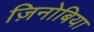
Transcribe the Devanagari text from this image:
ज़िनोबिया